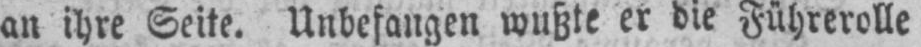
an ihre Seite. Unbefangen wußte er die Führerolle